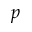
p